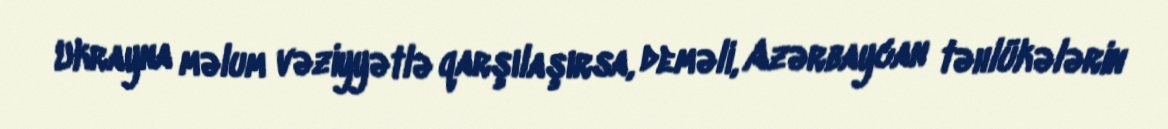
Ukrayna məlum vəziyyətlə qarşılaşırsa, deməli, Azərbaycan təhlükələrin